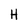
Character: H